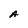
Character: A